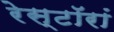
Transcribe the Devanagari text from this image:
रेस्टॉरां